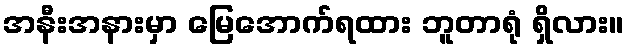
အနီးအနားမှာ မြေအောက်ရထား ဘူတာရုံ ရှိလား။